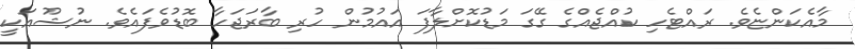
މާއެކަންޏެވެ. ރައްޓެހި ކުއްޖެއްގެ ގޭގަ މަޑުކޮށްލާފަ އައުމުން ހުރި ބާރަޖަހާ ބޮޑުވެފައެވެ. ނުޝޫއަކީ